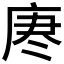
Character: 𫷯